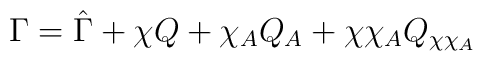
\Gamma = \hat{\Gamma} + \chi Q + \chi_A Q_A + \chi \chi_A Q_{\chi \chi_A}